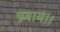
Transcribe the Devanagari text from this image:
प्रणाम।।